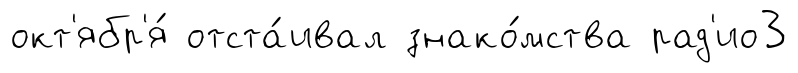
окт'ябр'я́ отста́ивал знако́мства рад'ио3